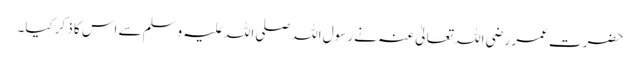
حضرت عمر رضی اللہ تعالیٰ عنہ نے رسول اللہ صلی اللہ علیہ وسلم سے اس کا ذکر کیا۔